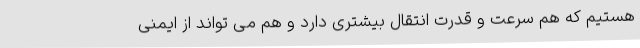
هستیم که هم سرعت و قدرت انتقال بیشتری دارد و هم می تواند از ایمنی